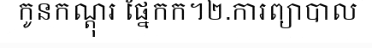
កូនកណ្តុរ ផ្នែកក។២.ការព្យាបាល